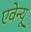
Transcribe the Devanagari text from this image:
एवेन्‍यू